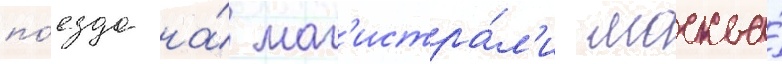
по́езда на́ маг'истра́л'и москва́